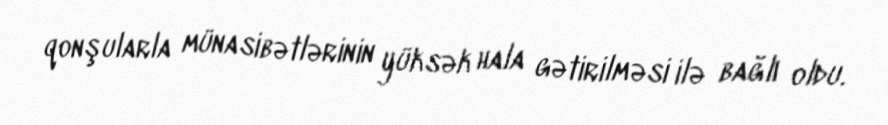
qonşularla münasibətlərinin yüksək hala gətirilməsi ilə bağlı oldu.